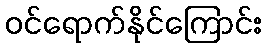
ဝင်ရောက်နိုင်ကြောင်း